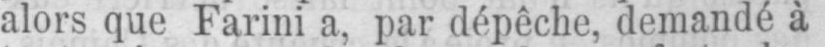
alors que Farini a, par dépêche, demandé à